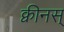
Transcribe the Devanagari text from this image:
क्वीनस्